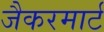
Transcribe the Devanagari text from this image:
जैकरमार्ट